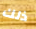
ذلك